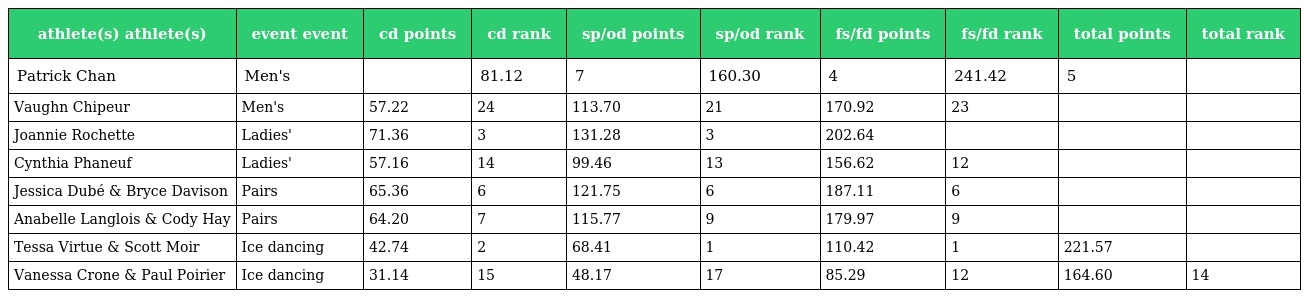
| athlete(s) athlete(s) | event event | cd points | cd rank | sp/od points | sp/od rank | fs/fd points | fs/fd rank | total points | total rank |
 | --- | --- | --- | --- | --- | --- | --- | --- | --- | --- |
 | Patrick Chan | Men's |  | 81.12 | 7 | 160.30 | 4 | 241.42 | 5 |  |
 | Vaughn Chipeur | Men's | 57.22 | 24 | 113.70 | 21 | 170.92 | 23 |  |  |
 | Joannie Rochette | Ladies' | 71.36 | 3 | 131.28 | 3 | 202.64 |  |  |  |
 | Cynthia Phaneuf | Ladies' | 57.16 | 14 | 99.46 | 13 | 156.62 | 12 |  |  |
 | Jessica Dubé & Bryce Davison | Pairs | 65.36 | 6 | 121.75 | 6 | 187.11 | 6 |  |  |
 | Anabelle Langlois & Cody Hay | Pairs | 64.20 | 7 | 115.77 | 9 | 179.97 | 9 |  |  |
 | Tessa Virtue & Scott Moir | Ice dancing | 42.74 | 2 | 68.41 | 1 | 110.42 | 1 | 221.57 |  |
 | Vanessa Crone & Paul Poirier | Ice dancing | 31.14 | 15 | 48.17 | 17 | 85.29 | 12 | 164.60 | 14 |